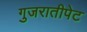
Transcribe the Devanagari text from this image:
गुजरातीपेट